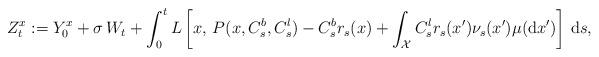
LaTeX: \begin{align*}Z^x_t := Y^x_0 + \sigma\, W_t+ \int_0^t L\left[x,\,P(x,C^b_s,C^l_s)- C^b_s r_s(x)+ \int_{\mathcal{X}} C^l_s r_s(x')\nu_s(x')\mu(\mathrm{d}x')\right] \,\mathrm{d}s,\end{align*}